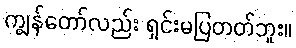
ကျွန်တော်လည်း ရှင်းမပြတတ်ဘူး။